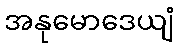
အနုမောဒေယျံ